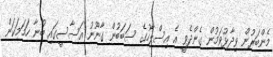
މެންބަރުން ވިދާޅުވަމުން ގެންދެވީ އެ އިސްލާހުގެ ސަބަބުން ގާނޫނު އަސާސީގައި ބުނާ ހަމަމަކަން